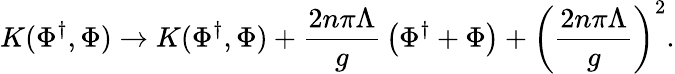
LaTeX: K(\Phi^{\dagger},\Phi)\rightarrow K(\Phi^{\dagger},\Phi)+{\frac{2n\pi\Lambda}{g}}\left(\Phi^{\dagger}+\Phi\right)+\left({\frac{2n\pi\Lambda}{g}}\right)^{2}.